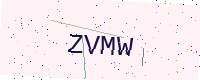
Text: ZVMW